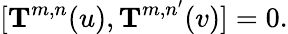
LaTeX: [{\mathbf T}^{m,n}(u),{\mathbf T}^{m,n^{\prime}}(v)]=0.